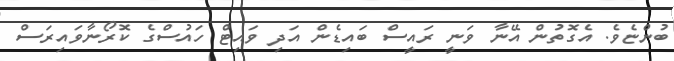
ބުންޏެވެ. އެގޮތުން އޭނާ ވަނީ ރައީސް ބައިޑެން އަދި ވައިޓް ހައުސްގެ ކޮރޯނާވައިރަސް